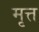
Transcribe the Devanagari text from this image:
मृत्त